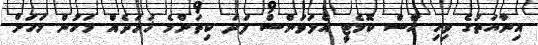
އިނާޔަތުގެ ވިހި ހާސް ކޮމެޓީ އެލަވަންސް ފަދަ ކިތަންމެ ޚަރަދެއް މަހުން މަހަށް